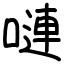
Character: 嗹